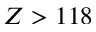
Z > 1 1 8